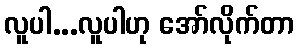
လူပါ...လူပါဟု အော်လိုက်တာ